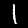
Digit: 1